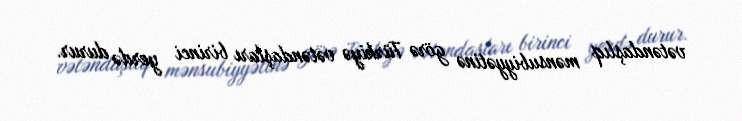
vətəndaşlıq mənsubiyyətinə görə Türkiyə vətəndaşları birinci yerdə durur.